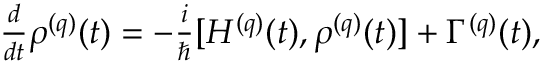
\begin{array} { r } { \frac { d } { d t } \rho ^ { ( q ) } ( t ) = - \frac { i } { \hbar } [ H ^ { ( q ) } ( t ) , \rho ^ { ( q ) } ( t ) ] + \Gamma ^ { ( q ) } ( t ) , } \end{array}